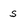
Character: s